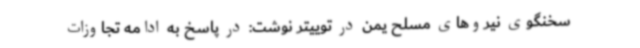
سخنگوی نیروهای مسلح یمن در توییتر نوشت: در پاسخ به ادامه تجاوزات